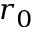
r _ { 0 }